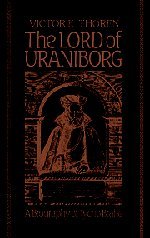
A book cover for The Lord of Uraniborg: A Biography of Tycho Brahe; Victor E. Thoren; Biographies & Memoirs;